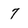
Character: 7